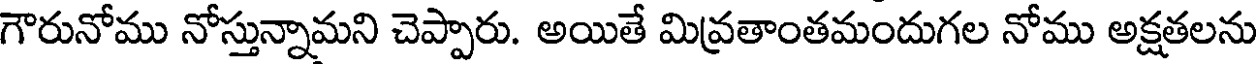
గౌరునోము నోస్తున్నామని చెప్పారు. అయితే మివ్రతాంతమందుగల నోము అక్షతలను